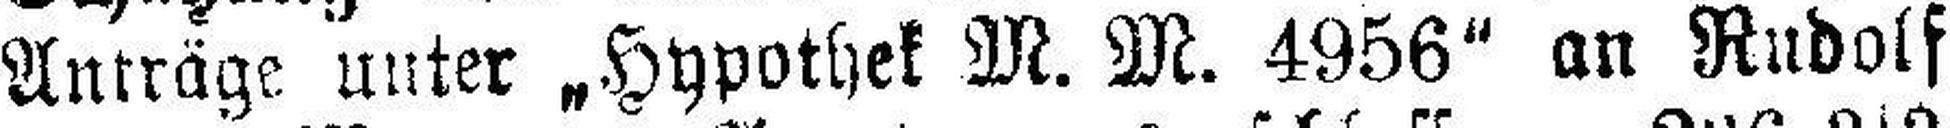
Anträge unter „Hypothek M. M. 4956“ an Rudolf